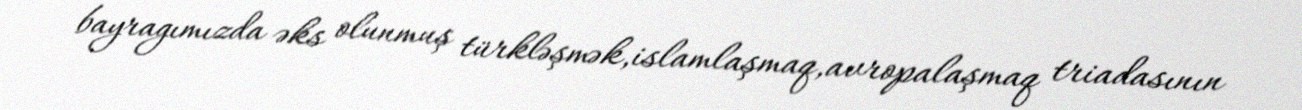
bayragımızda əks olunmuş türkləşmək,islamlaşmaq,avropalaşmaq triadasının